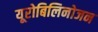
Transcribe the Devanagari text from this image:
यूरोबिलिनोजन